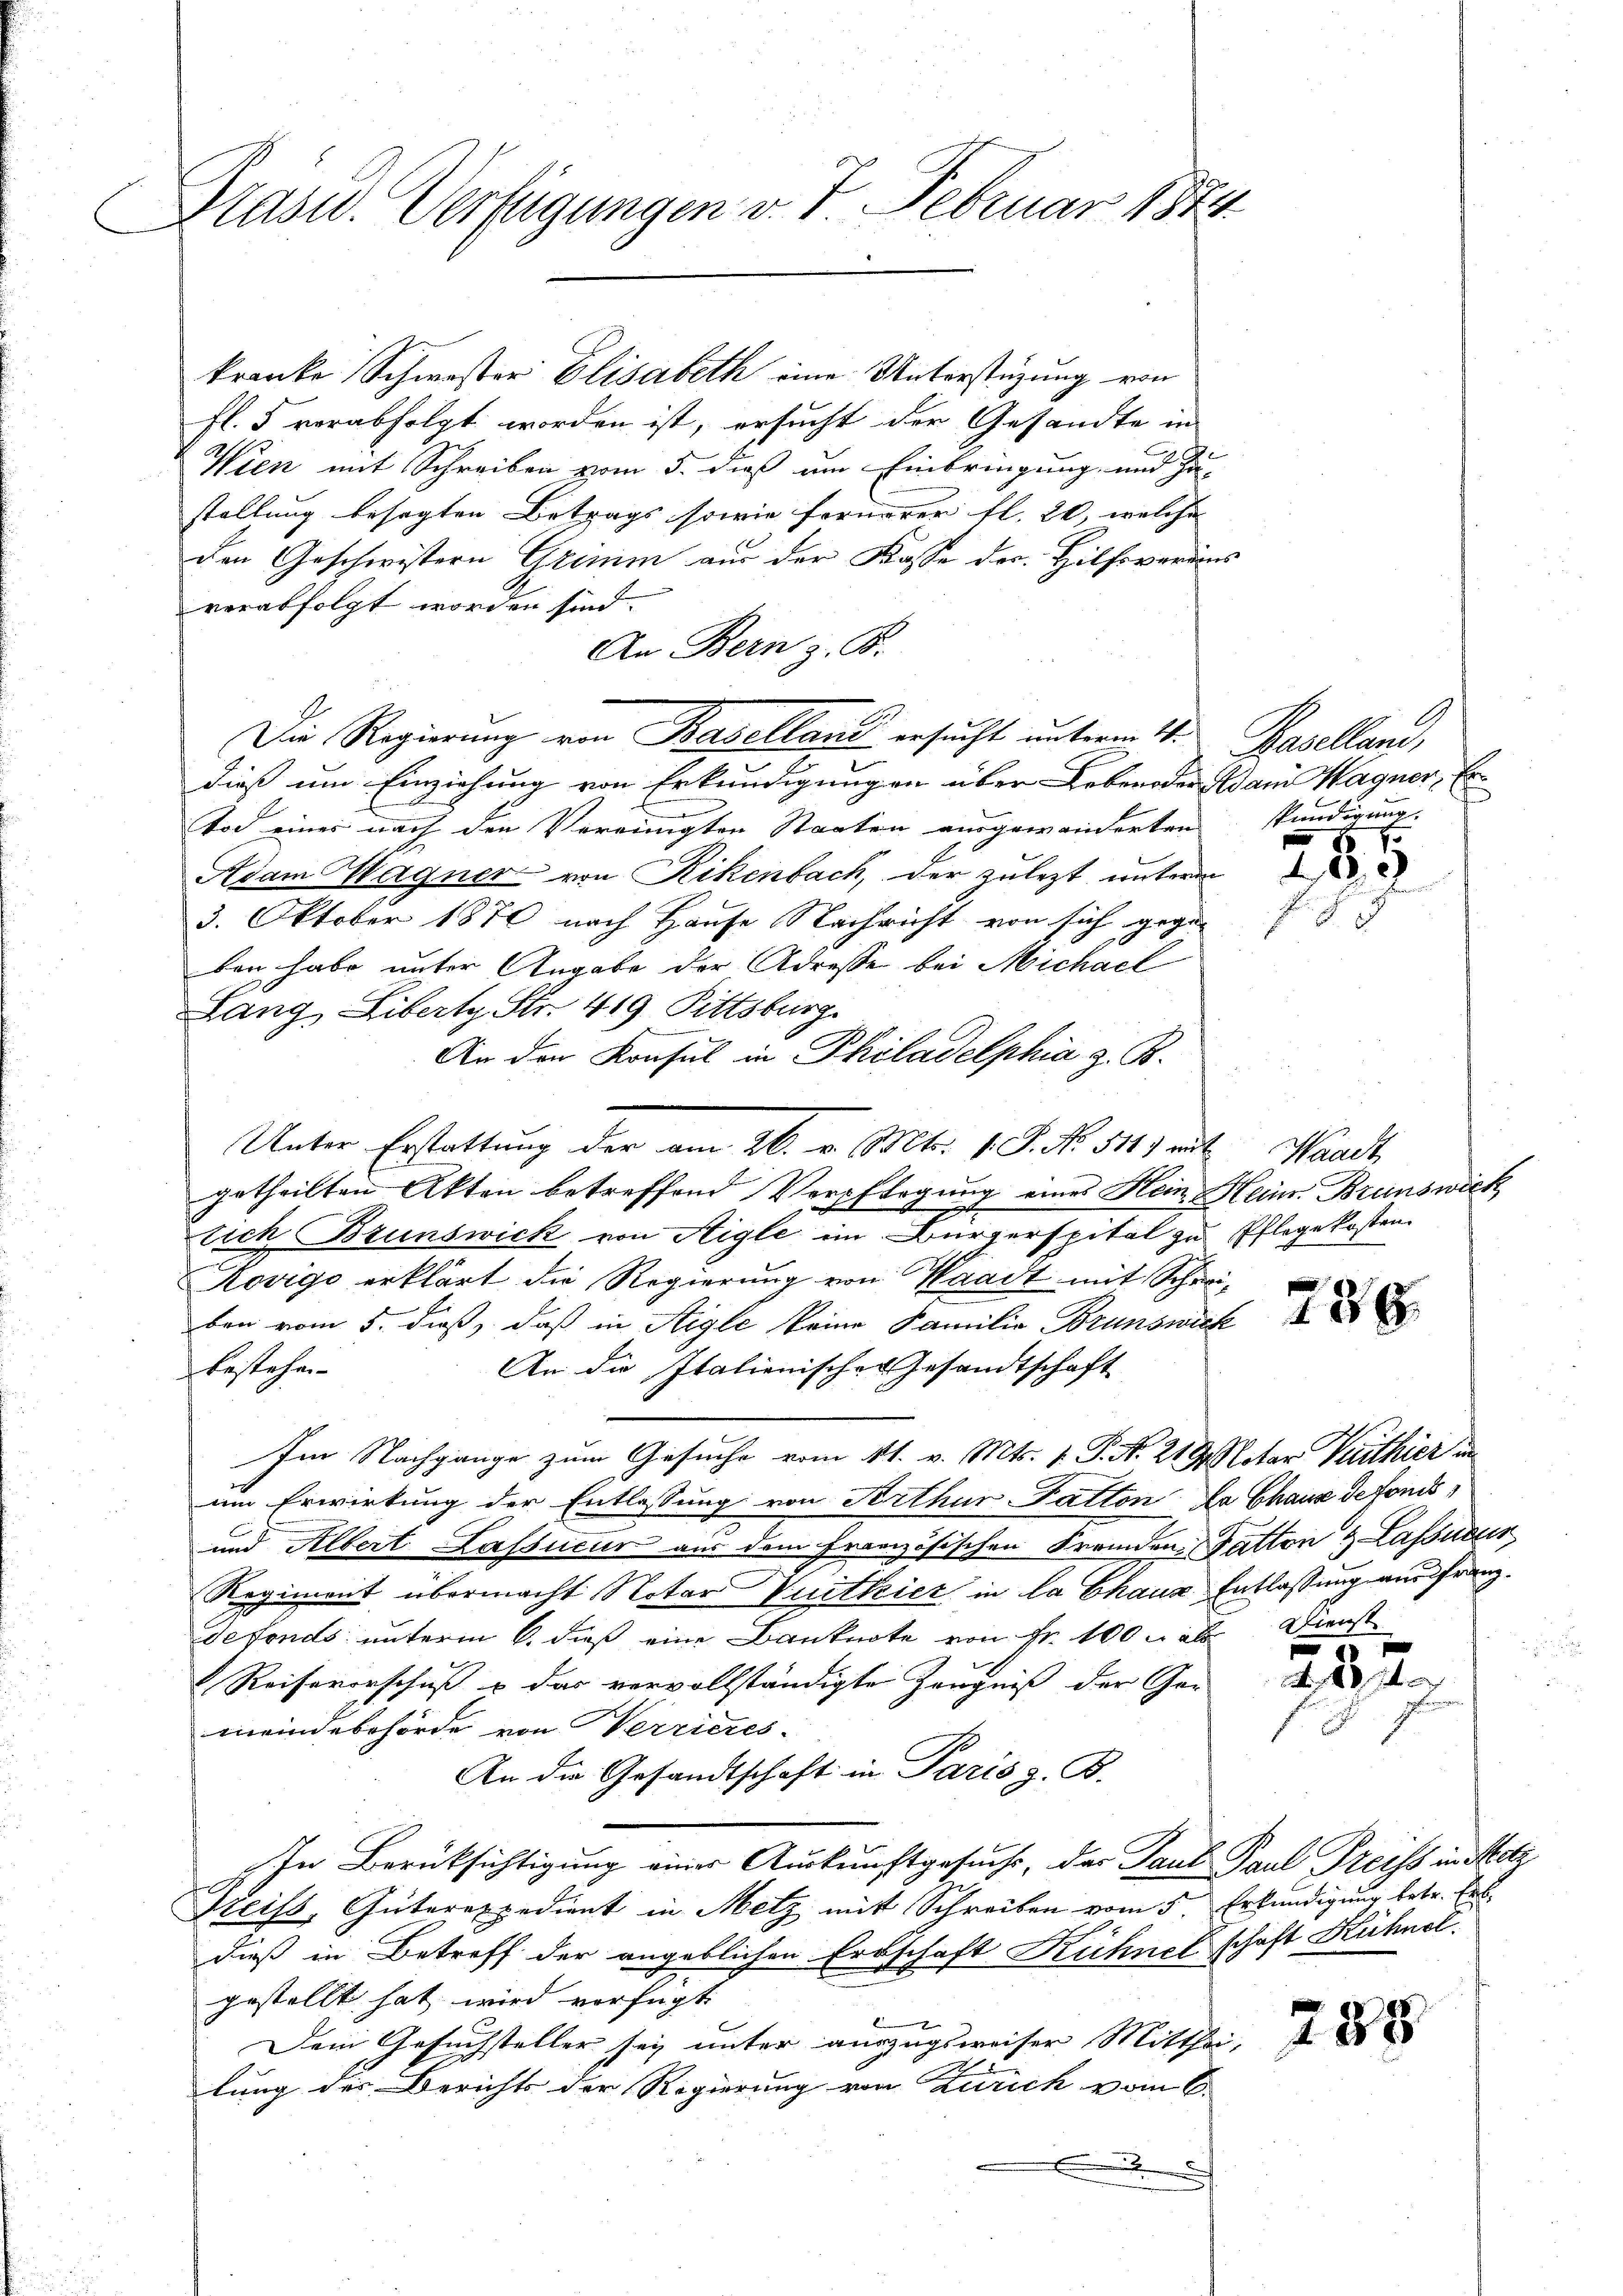
Präsid. Verfügungen v. 7. Februar 1844.

fl. 5 verabfolgt worden ist, ersucht der Gesandte in
Wien mit Schreiben vom 5. dieß um Einbringung und Zu-
stellung besagten Betrags sowie fernerer fl. 20, welche |
den Geschwistern Grimm aus der Kasse der Hilfsveräus
verabfolgt worden sind.
An Bern z. B.
Die Regierung von Baselland ersucht unterm 4. Baselland,
dieß um Einziehung von Erkundigungen über Lebenden Dann Magner, Er
Tod eines nach den Vereinigten Staaten ausgewanderten
Adam Wagner von Rikenbach, der zulezt unterm
3. Oktober 1870 nach Hause Nachricht von sich gegen
ben habe unter Angabe der Adresse bei Michael
Lang, Liberty Str. 419 Pittsburg.
An den Konsul in Philadelphia z. B.
getheilten Akten betreffend Verpflegung eines Hein-Heim. Brunswick
tich Brunswick von Aigle im Bürgerspital zu Pflegekosten.
Rovigo erklärt die Regierung von Waadt mit Schrei-
ben vom 5. dieß, daß in Aigle keine Familie Brunswick
An die Italienisches Gesandtschaft
bestehen
Im Nachgange zum Gesuche vom 11. v. Mts. v. P. N. 219. Notar Verthier in
um Erwirkung der Entlassung von Arthur Fatton La Chaux de fonds¬
und Albert Lassieur aus dem französischen Fremden Gatten & Lassneur,
Regiment übermacht Notar Vuitkicz in la Chaus Entlassung aus franzdefonds unterm 6. dieß eine Banknote von Fr. 100. als Dienst
Reisevorschuß & das vervollständigte Zeugniß der Gemeindebehörde von Herrieres
An die Gesandtschaft in Paris z. B.
In Berücksichtigung einer Auskunftgesuche, der Paul Paul Preiss in Metr
Preiss, Güterexpedient in Metz mit Schreiben vom 5. Erkundigung betr. Ers
dieß in Betreff der angeblichen Erbschaft Rühner
gestellt hat wird verfügt:

Dem Gesuchsteller sey unter auszugsweiser Mitthei-
lung der Berichts der Regierung von Zürich vom 6.
.

kranke Schwester Elisabeth eine Unterstüzung von

Unter Erstattung der am 26. v. Mts. 1. P. No. 5111 mit Waadt

skündigung.

83

228.

d. 18 x

288

schaft Hühnel.